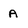
Character: a